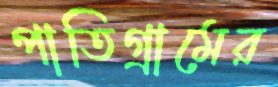
পাতিগ্রামের